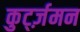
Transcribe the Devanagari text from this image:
कुर्ट्ज़मन